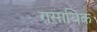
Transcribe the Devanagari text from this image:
रासायिक